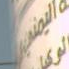
اليضريي